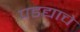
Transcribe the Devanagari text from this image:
पडद्याचे